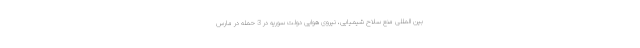
بین المللی منع سلاح شیمیایی، نیروی هوایی دولت سوریه در 3 حمله در مارس